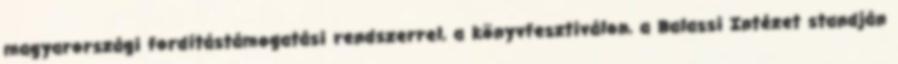
magyarországi fordítástámogatási rendszerrel, a könyvfesztiválon, a Balassi Intézet standján